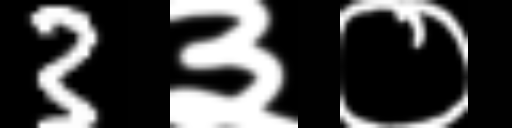
Text: 3३०